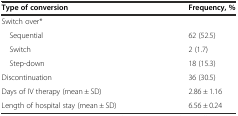
<table><thead><tr><td><b>Type of conversion</b></td><td><b>Frequency, %</b></td></tr></thead><tbody><tr><td>Switch over*</td><td></td></tr><tr><td> Sequential</td><td>62 (52.5)</td></tr><tr><td> Switch</td><td>2 (1.7)</td></tr><tr><td> Step-down</td><td>18 (15.3)</td></tr><tr><td>Discontinuation</td><td>36 (30.5)</td></tr><tr><td>Days of IV therapy (mean ± SD)</td><td>2.86 ± 1.16</td></tr><tr><td>Length of hospital stay (mean ± SD)</td><td>6.56 ± 0.24</td></tr></tbody></table>